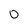
Character: O